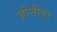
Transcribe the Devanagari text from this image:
जीनीवा